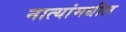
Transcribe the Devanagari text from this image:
नात्यांमधील